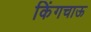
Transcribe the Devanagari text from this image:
किंगचाऊ